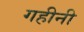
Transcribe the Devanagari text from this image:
गहीनी